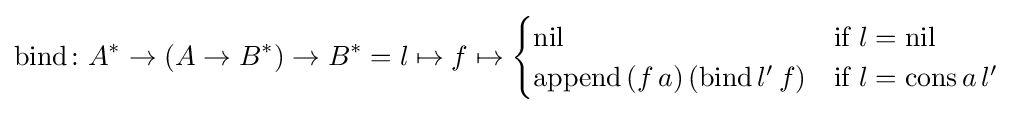
{\text{bind}}\colon A^{*}\to (A\to B^{*})\to B^{*}=l\mapsto f\mapsto {\begin{cases}{\text{nil}}&{\text{if}}\ l={\text{nil}}\\{\text{append}}\,(f\,a)\,({\text{bind}}\,l'\,f)&{\text{if}}\ l={\text{cons}}\,a\,l'\end{cases}}